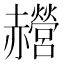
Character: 𰷰